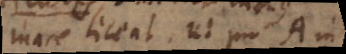
formare liceat, ut pro A in